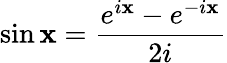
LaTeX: \sin\mathbf{x}={\frac{{e^{i\mathbf{x}}-e^{-i\mathbf{x}}}}{{2i}}}